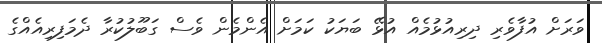
ވަރަށް އުފާވެރި ދިރިއުޅުމެއް އުޅޭ ބަޔަކު ކަމަށް އެންމެން ވެސް ގަބޫލުކުރާ ދެމަފިރިއެއްގެ